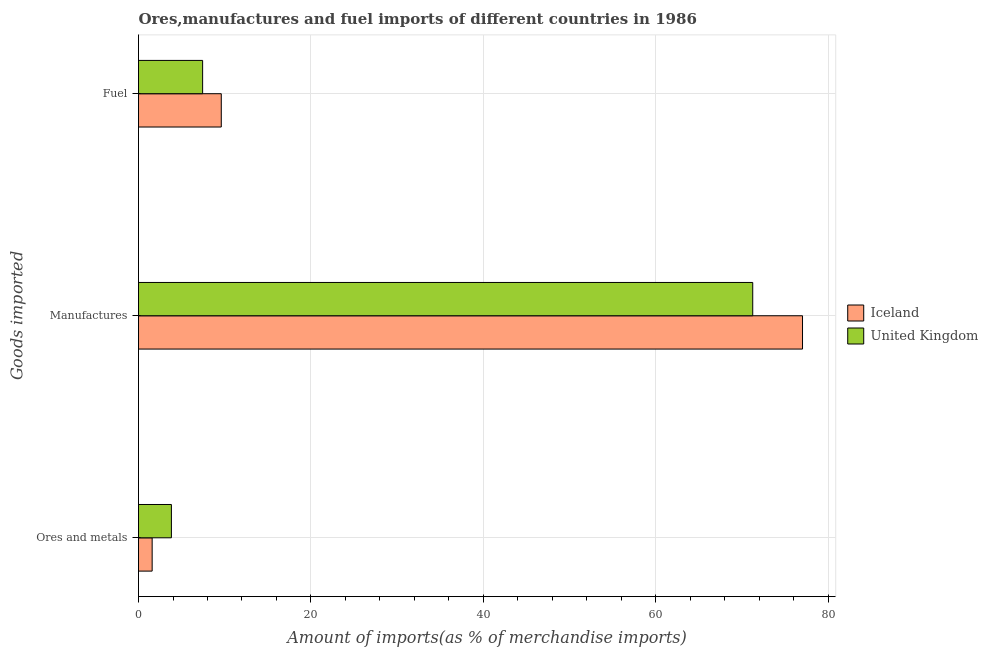
| Goods imported | Iceland | United Kingdom |
 | --- | --- | --- |
 | Ores and metals | 1.58 | 3.81 |
 | Manufactures | 77 | 71.2 |
 | Fuel | 9.6 | 7.44 |